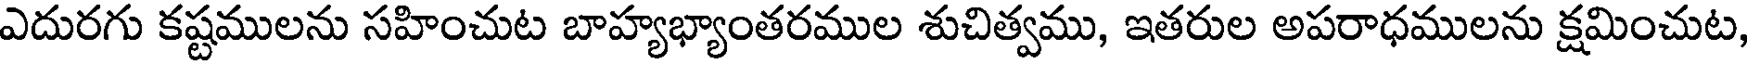
ఎదురగు కష్టములను సహించుట బాహ్యభ్యాంతరముల శుచిత్వము, ఇతరుల అపరాధములను క్షమించుట,